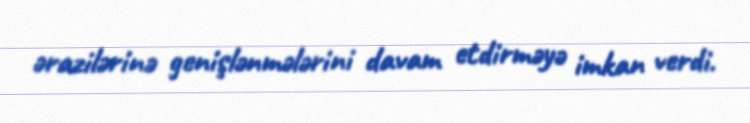
ərazilərinə genişlənmələrini davam etdirməyə imkan verdi.